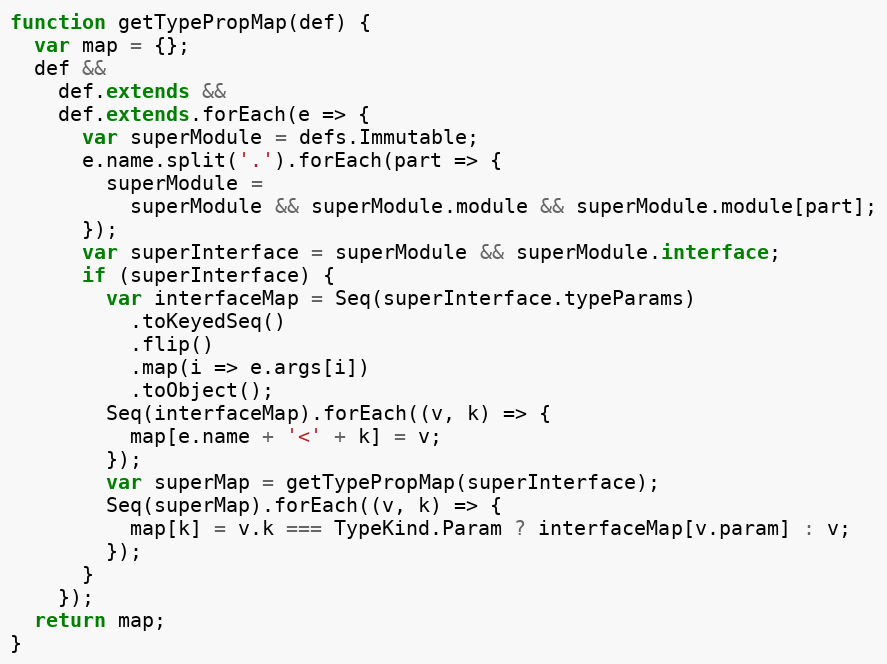
Language: JavaScript
function getTypePropMap(def) {
  var map = {};
  def &&
    def.extends &&
    def.extends.forEach(e => {
      var superModule = defs.Immutable;
      e.name.split('.').forEach(part => {
        superModule =
          superModule && superModule.module && superModule.module[part];
      });
      var superInterface = superModule && superModule.interface;
      if (superInterface) {
        var interfaceMap = Seq(superInterface.typeParams)
          .toKeyedSeq()
          .flip()
          .map(i => e.args[i])
          .toObject();
        Seq(interfaceMap).forEach((v, k) => {
          map[e.name + '<' + k] = v;
        });
        var superMap = getTypePropMap(superInterface);
        Seq(superMap).forEach((v, k) => {
          map[k] = v.k === TypeKind.Param ? interfaceMap[v.param] : v;
        });
      }
    });
  return map;
}